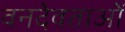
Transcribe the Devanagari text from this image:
वनदेवताओं